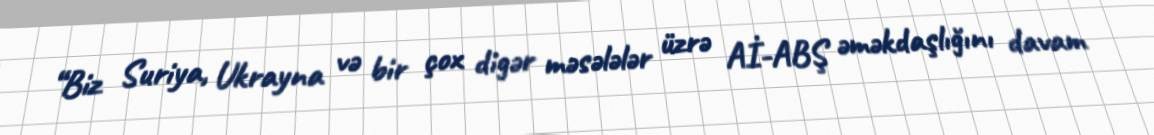
“Biz Suriya, Ukrayna və bir çox digər məsələlər üzrə Aİ-ABŞ əməkdaşlığını davam